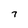
Character: 7